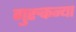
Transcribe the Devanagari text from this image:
गुरुकन्या